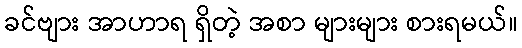
ခင်ဗျား အာဟာရ ရှိတဲ့ အစာ များများ စားရမယ်။